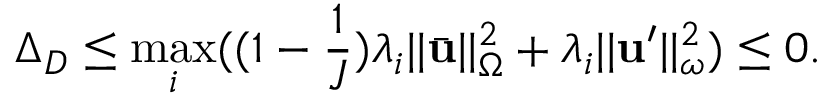
\Delta _ { D } \leq \operatorname* { m a x } _ { i } ( ( 1 - \frac { 1 } { J } ) \lambda _ { i } | | \bar { \mathbf { u } } | | _ { \Omega } ^ { 2 } + \lambda _ { i } | | \mathbf { u } ^ { \prime } | | _ { \omega } ^ { 2 } ) \leq 0 .